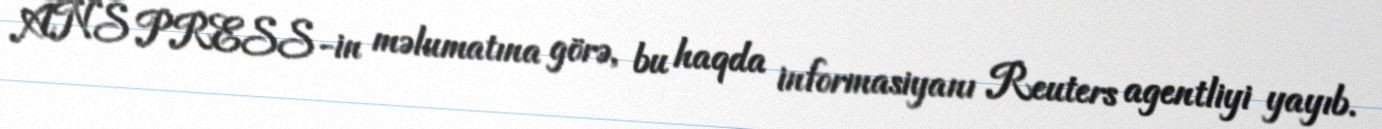
ANS PRESS-in məlumatına görə, bu haqda informasiyanı Reuters agentliyi yayıb.